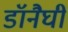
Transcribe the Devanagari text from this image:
डॉनैघी